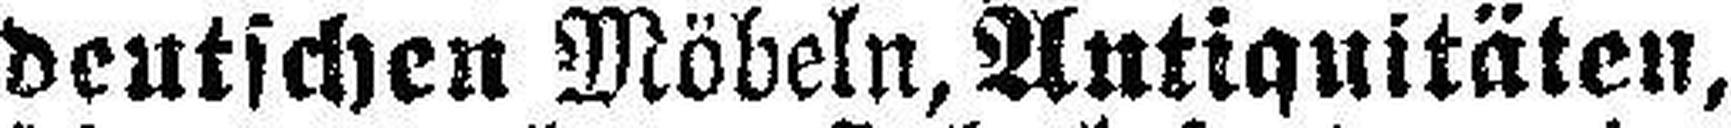
deutschen Möbeln, Antiquitäten,